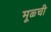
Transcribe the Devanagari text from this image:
मूळ्ची